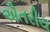
ઐતરીય